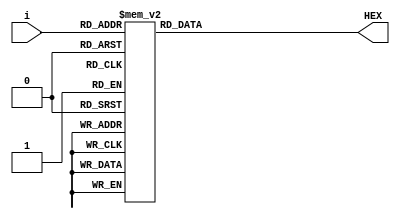
module YMQ(i,HEX);
input wire [3:0] i;
output reg[6:0] HEX;
always @*
begin
case({i[3:0]})
4'd0:
{HEX[6:0]}=7'b1000000;
4'd1:
{HEX[6:0]}=7'b1111001;
4'd2:
{HEX[6:0]}=7'b0100100;
4'd3:
{HEX[6:0]}=7'b0110000;
4'd4:
{HEX[6:0]}=7'b0011001;
4'd5:
{HEX[6:0]}=7'b0010010;
4'd6:
{HEX[6:0]}=7'b0000010;
4'd7:
{HEX[6:0]}=7'b1111000;
4'd8:
{HEX[6:0]}=7'b0000000;
4'd9:
{HEX[6:0]}=7'b0010000;
4'd10:
{HEX[6:0]}=7'b0001000;
4'd11:
{HEX[6:0]}=7'b0000011;
4'd12:
{HEX[6:0]}=7'b0100111;
4'd13:
{HEX[6:0]}=7'b0100001;
4'd14:
{HEX[6:0]}=7'b0000110;
4'd15:
{HEX[6:0]}=7'b0001110;
default HEX[6:0]=7'b1111111;
endcase
end 
endmodule